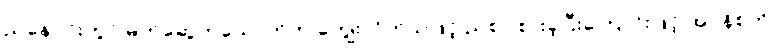
ညနေပိုင်းတွင် မိတ်ဆွေတယောက်က ကျွေးလိုက်သဖြင့် ညစာ စားခဲ့ပြီးကြောင်းဖြင့် အဂ္ဂနိစ်ကို